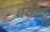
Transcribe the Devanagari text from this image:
थर्राकर